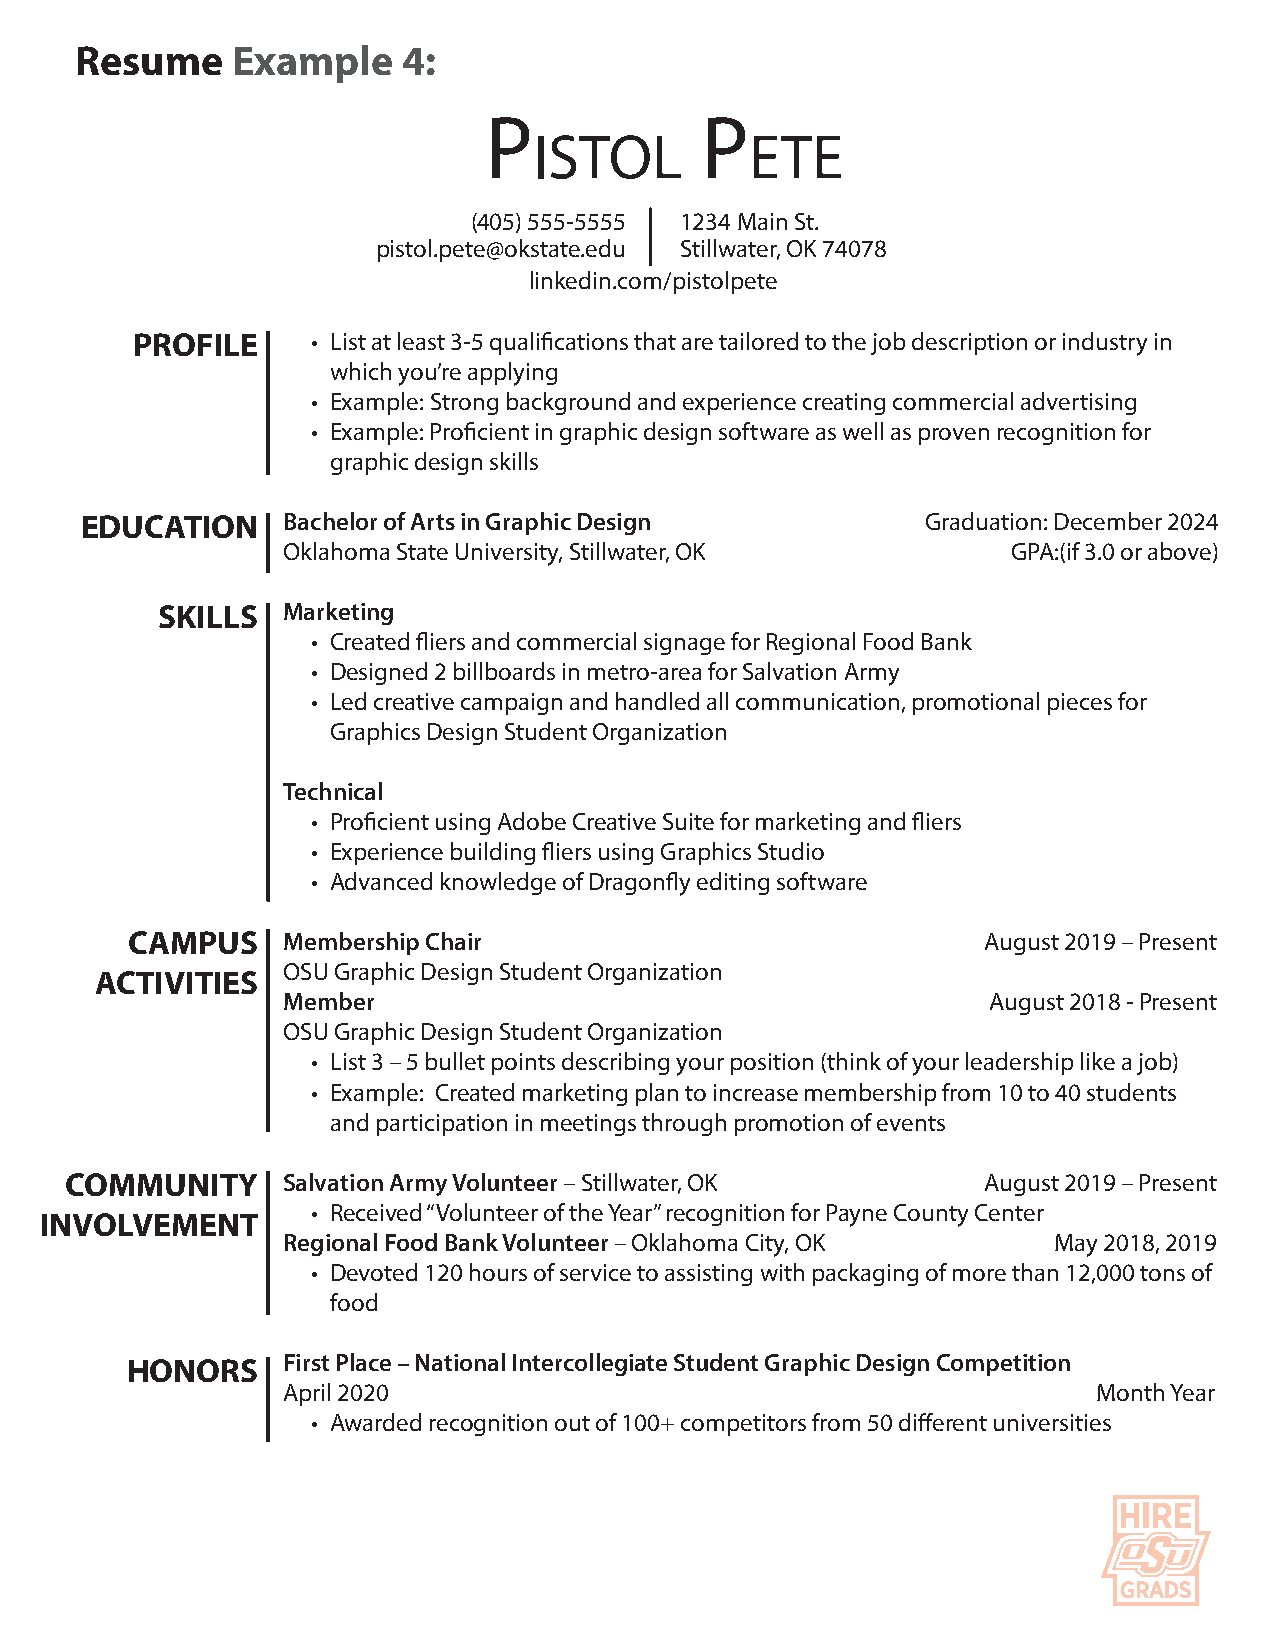
R e s u m e E x a m p le 4 :
 P             P
 is t o  l      e t e
 (405) 555-5555 1234 Main St.
 pistol.pete@okstate.edu Stillwater, O K 74078
 linkedin.com /pistolpete
 P R O F IL E • List at least 3-5 qualifications that are tailored to the job description or industry in
 which you’re applying
 • Exam ple: Strong background and experience creating com m ercial advertising
 • Exam ple: Proficient in graphic design software as well as proven recognition for
 graphic design skills
 E D U C AT IO N Bachelor of Arts in G raphic D esign    Graduation: D ecem ber 2024
 O klahom a State University, Stillwater, O K    GPA:(if 3.0 or above)
 S K IL L S M arketing
 • Created fliers and com m ercial signage for Regional Food Bank
 • D esigned 2 billboards in m etro-area for Salvation Army
 • Led creative cam paign and handled all com m unication, prom otional pieces for
 Graphics D esign Student O rganization
 Technical
 • Proficient using Adobe Creative Suite for m arketing and fliers
 • Experience building fliers using Graphics Studio
 • Advanced knowledge of D ragonfly editing software
 C A M P U S M em bership Chair                           August 2019 – Present
 O SU Graphic D esign Student O rganization
 A C T IV IT IE S
 M em ber                                       August 2018 - Present
 O SU Graphic D esign Student O rganization
 • List 3 – 5 bullet points describing your position (think of your leadership like a job)
 • Exam ple: Created m arketing plan to increase m em bership from 10 to 40 students
 and participation in m eetings through prom otion of events
 C O M M U N IT Y Salvation Army Volunteer – Stillwater, O K  August 2019 – Present
 • Received “Volunteer of the Year” recognition for Payne County Center
 IN V O LV E M E N T
 Regional Food Bank Volunteer – O klahom a City, O K May 2018, 2019
 • D evoted 120 hours of service to assisting with packaging of m ore than 12,000 tons of
 food
 H O N O R S First Place – National Intercollegiate Student G raphic D esign Com petition
 April 2020                                            Month Year
 • Awarded recognition out of 100+ com petitors from 50 different universities